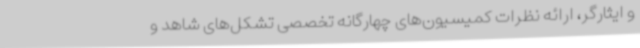
و ایثارگر، ارائه نظرات کمیسیون‌های چهارگانه تخصصی تشکل‌های شاهد و